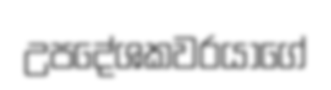
උපදේශකවරයාගේ